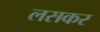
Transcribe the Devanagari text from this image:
लसकर